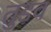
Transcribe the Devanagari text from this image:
तुडव